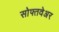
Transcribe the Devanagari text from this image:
सोफ्तवेअर